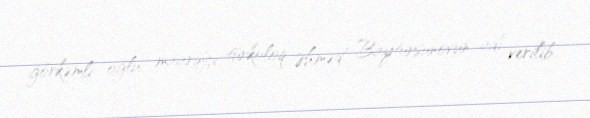
görkəmli oğlu, maarifçi, türkoloq Əhməd Baytursunovun adı verilib.